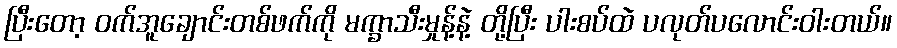
ပြီးတော့ ဝက်အူချောင်းတစ်ဖက်ကို မက္ခာသီးမှုန့်နဲ့ တို့ပြီး ပါးစပ်ထဲ ပလုတ်ပလောင်းဝါးတယ်။